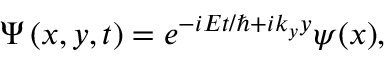
\Psi \left( x , y , t \right) = e ^ { - i E t / \hbar + i k _ { y } y } \psi ( x ) ,